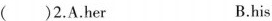
()2.A.her B.his